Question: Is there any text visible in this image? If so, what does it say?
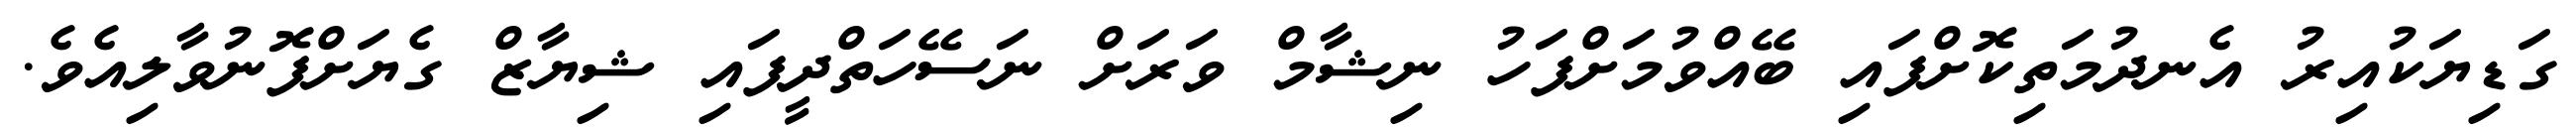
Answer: ގަޑިޔަކުއިރު އެނދުމަތިކޮށްފައި ބޭއްވުމަށްފަހު ނިޝާމް ވަރަށް ނަސޭހަތްދީފައި ޝިޔާޒް ގެޔަށްފޮނުވާލިއެވެ.